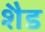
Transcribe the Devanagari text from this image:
शैड